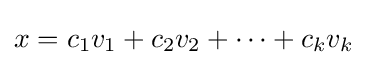
{\textstyle x=c_{1}v_{1}+c_{2}v_{2}+\cdots +c_{k}v_{k}}